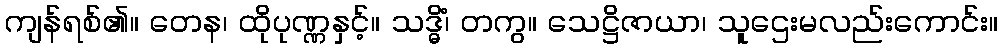
ကျန်ရစ်၏။ တေန၊ ထိုပုဏ္ဏနှင့်။ သဒ္ဓိံ၊ တကွ။ သေဋ္ဌိဇာယာ၊ သူဌေးမလည်းကောင်း။